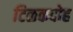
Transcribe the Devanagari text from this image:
टिळकदोह